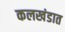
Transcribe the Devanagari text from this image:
कलखंडात